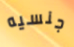
جنسيه